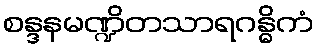
စန္ဒနမဏ္ဍိတသာရဂန္ဓိကံ